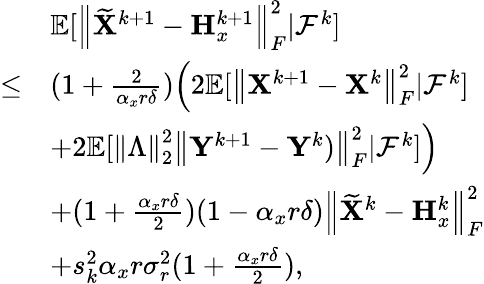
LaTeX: \begin{array}{rl}&{{\mathbb{E}}[\left\| \widetilde{{\mathbf{X}}}^{k+1}-{\mathbf{H}}_{x}^{k+1}\right\| _{F}^{2}\vert{\mathcal{F}}^{k}]}\\ {\leq}&{(1+\frac{2}{\alpha_{x}r\delta})\Big(2{\mathbb{E}}[\left\| {\mathbf{X}}^{k+1}-{\mathbf{X}}^{k}\right\| _{F}^{2}\vert{\mathcal{F}}^{k}]}\\ &{+2{\mathbb{E}}[\left\| \Lambda\right\| _{2}^{2}\left\| {\mathbf{Y}}^{k+1}-{\mathbf{Y}}^{k})\right\| _{F}^{2}\vert{\mathcal{F}}^{k}]\Big)}\\ &{+(1+\frac{\alpha_{x}r\delta}{2})(1-\alpha_{x}r\delta)\left\| \widetilde{{\mathbf{X}}}^{k}-{\mathbf{H}}_{x}^{k}\right\| _{F}^{2}}\\ &{+s_{k}^{2}\alpha_{x}r\sigma_{r}^{2}(1+\frac{\alpha_{x}r\delta}{2}),}\end{array}